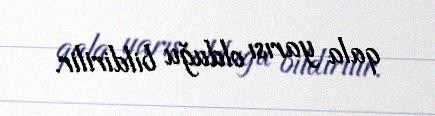
qala yarısı olduğu bildirilir.